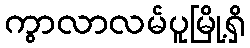
ကွာလာလမ်ပူမြို့ရှိ